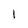
Character: 1